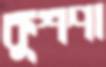
কুশপা